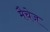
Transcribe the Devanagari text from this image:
मैचेज